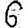
Digit: 6